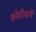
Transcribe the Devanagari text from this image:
कोचीमार्गे